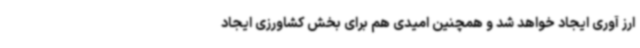
ارز آوری ایجاد خواهد شد و همچنین امیدی هم برای بخش کشاورزی ایجاد